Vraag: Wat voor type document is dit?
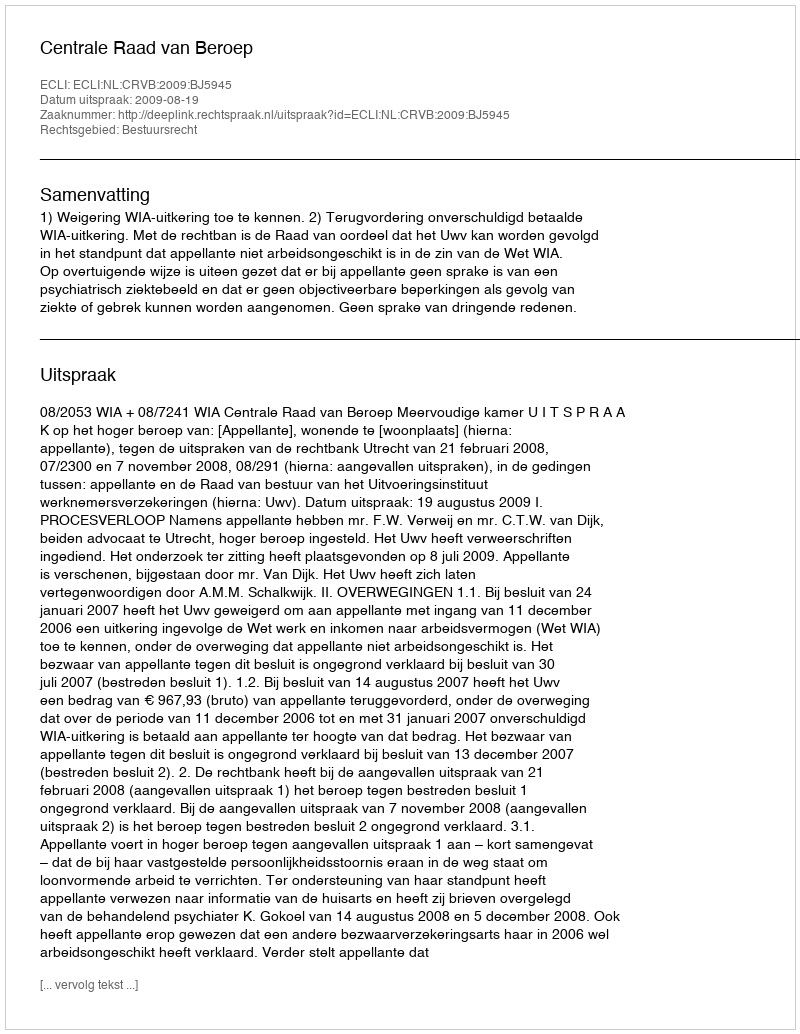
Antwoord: Uitspraak